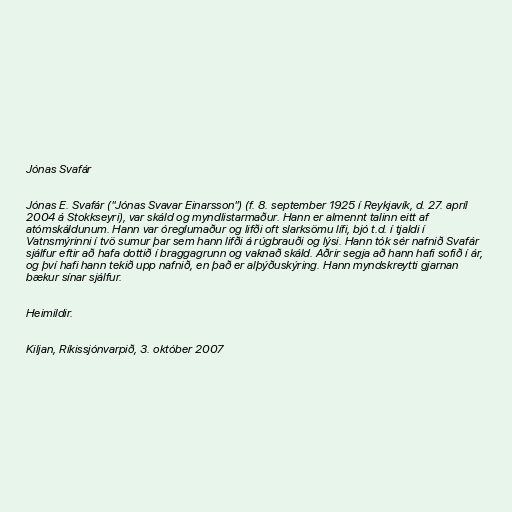
Jónas Svafár

Jónas E. Svafár ("Jónas Svavar Einarsson") (f. 8. september 1925 í Reykjavík, d. 27. apríl
2004 á Stokkseyri), var skáld og myndlistarmaður. Hann er almennt talinn eitt af
atómskáldunum. Hann var óreglumaður og lifði oft slarksömu lífi, bjó t.d. í tjaldi í
Vatnsmýrinni í tvö sumur þar sem hann lifði á rúgbrauði og lýsi. Hann tók sér nafnið Svafár
sjálfur eftir að hafa dottið í braggagrunn og vaknað skáld. Aðrir segja að hann hafi sofið í ár,
og því hafi hann tekið upp nafnið, en það er alþýðuskýring. Hann myndskreytti gjarnan
bækur sínar sjálfur.

Heimildir.

Kiljan, Ríkissjónvarpið, 3. október 2007